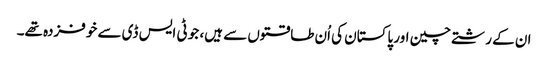
ان کے رشتے چین اور پاکستان کی اُن طاقتوں سے ہیں، جو ٹی ایس ڈی سے خوفزدہ تھے۔